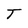
Character: T